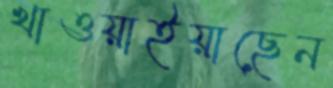
খাওয়াইয়াছেন